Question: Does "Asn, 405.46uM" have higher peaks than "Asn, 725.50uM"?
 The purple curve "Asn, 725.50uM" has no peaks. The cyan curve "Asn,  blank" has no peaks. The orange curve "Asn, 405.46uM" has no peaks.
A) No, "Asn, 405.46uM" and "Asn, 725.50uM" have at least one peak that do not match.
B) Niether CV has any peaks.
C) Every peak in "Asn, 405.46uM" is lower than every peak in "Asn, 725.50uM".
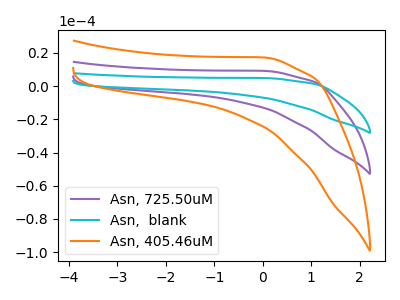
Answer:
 <answer>B) Niether CV has any peaks.</answer>
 <eval>B</eval>